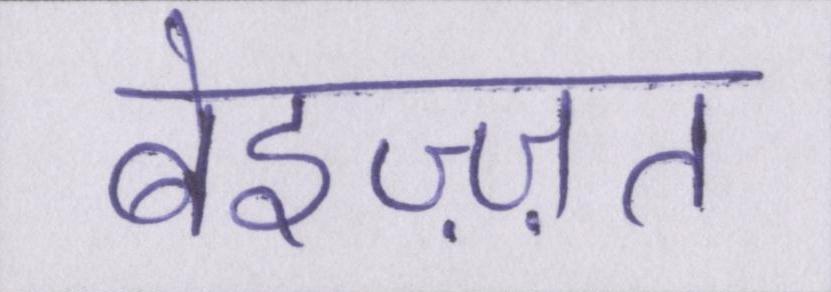
बेइज़्ज़त